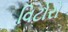
વિટોરો